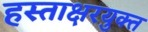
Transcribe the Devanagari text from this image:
हस्ताक्षरयुक्त